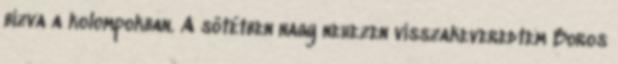
bízva a kolompokban. A sötétben nagy nehezen visszakeveredtem Boros